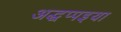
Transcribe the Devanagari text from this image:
अद्धप्पइया